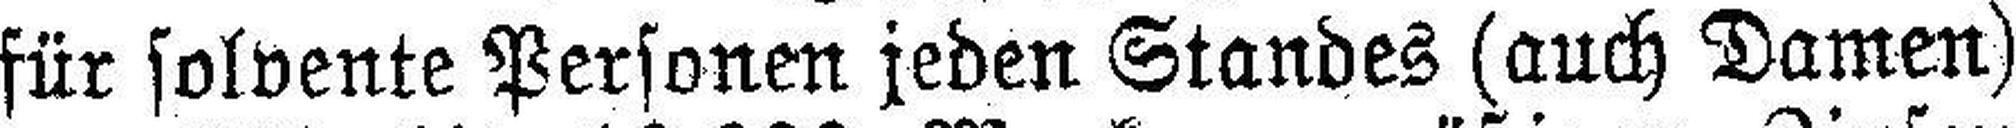
für solvente Personen jeden Standes (auch Damen)